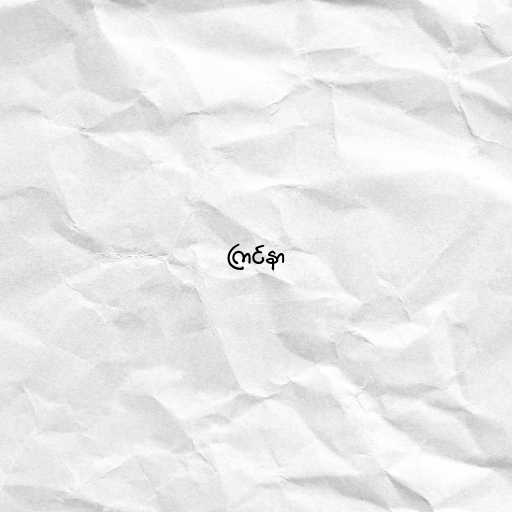
ကြင်နာ